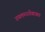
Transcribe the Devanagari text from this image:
उपलब्धतेबाबत